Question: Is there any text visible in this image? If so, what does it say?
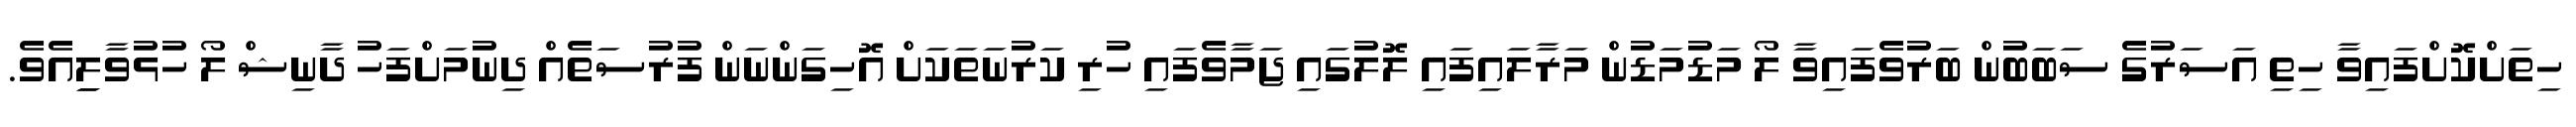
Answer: ހިތަށްކޮށްފައިވާ ހިތި އަސަރުގެ ސަބަބުން ބަރުވެފައިވާ ލޯ މަޑުމަޑުން މަރާލައިފައި ލޮލުގައި ޖަމާވެފައި ހުރި ކަރުނަތަކަށް އޮހިގަންނަން ފުރުސަތެއް ދިނުމަށްފަހު ދާނިޝް ލޯ ހުޅުވާލިިއެވެ.